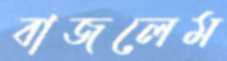
বাজলেম